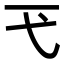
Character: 𢍼